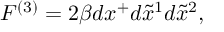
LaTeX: F ^ { ( 3 ) } = 2 \beta d x ^ { + } d \tilde { x } ^ { 1 } d \tilde { x } ^ { 2 } ,